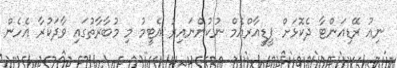
ނިއު ރޭޑިއަންޓާ ދެކޮޅަށް ޕީޑީއާރްއެމް ނުކުންނައިރު އެޓީމު މި މުބާރާތުގައި ވާދަކުރާ އެހެން